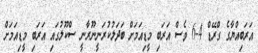
އަރަބިއްޔާގެ ގްރޭޑް 4-6 ވެސް އަރަބި މީޑިއަމަށް ބަދަލުކުރަނީނޫރާނީ ސްކޫލުގައި އަރަބި މީޑިއަމަށް